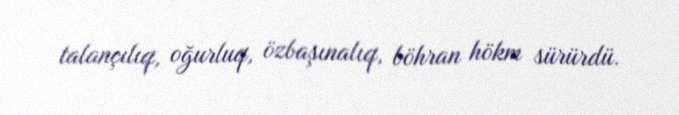
talançılıq, oğurluq, özbaşınalıq, böhran hökm sürürdü.